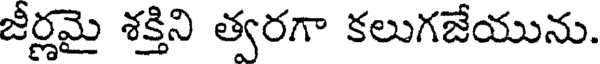
జీర్ణమై శక్తిని త్వరగా కలుగజేయును.